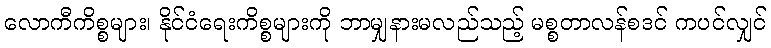
လောကီကိစ္စများ၊ နိုင်ငံရေးကိစ္စများကို ဘာမျှနားမလည်သည့် မစ္စတာလန်စဒင် ကပင်လျှင်